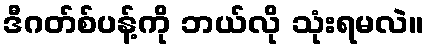
ဒီဂတ်စ်ပန့်ကို ဘယ်လို သုံးရမလဲ။